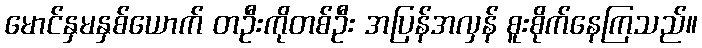
မောင်နှမနှစ်ယောက် တဦးကိုတစ်ဦး အပြန်အလှန် စူးစိုက်နေကြသည်။